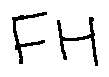
F H